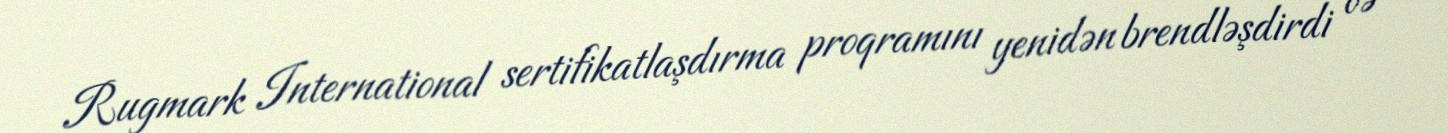
Rugmark International sertifikatlaşdırma proqramını yenidən brendləşdirdi və